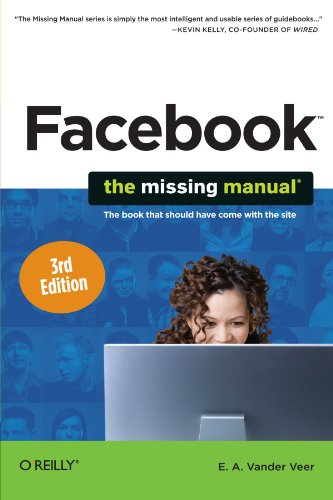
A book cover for Facebook: The Missing Manual (Missing Manuals) (English and English Edition); E. A. Vander Veer; Computers & Technology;